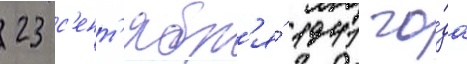
23 с'ент'ябр'я́ 1941 го́да